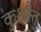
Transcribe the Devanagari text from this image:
कुक्षौतु